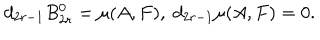
LaTeX: d _ { 2 r - 1 } B _ { 2 r } ^ { 0 } = \mu ( A , F ) , \; d _ { 2 r - 1 } \mu ( A , F ) = 0 .